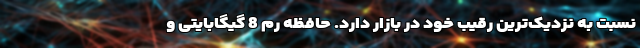
نسبت به نزدیک‌ترین رقیب خود در بازار دارد. حافظه رم 8 گیگابایتی و